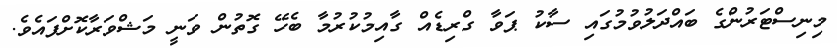
މިނިސްޓަރުންގެ ބައްދަލުވުމުގައި ސާކު ޕަވާ ގްރިޑެއް ގާއިމުކުރުމާ ބެހޭ ގޮތުން ވަނީ މަޝްވަރާކޮށްފައެވެ.